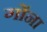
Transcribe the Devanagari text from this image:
गोंना